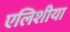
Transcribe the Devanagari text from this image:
एलिशीया